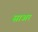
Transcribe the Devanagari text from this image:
साअर